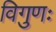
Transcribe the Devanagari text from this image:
विगुणः